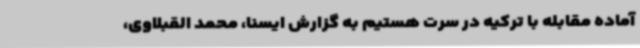
آماده مقابله با ترکیه در سرت هستیم به گزارش ایسنا، محمد القبلاوی،